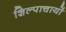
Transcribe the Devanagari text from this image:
शिल्पाचार्यो